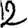
Digit: 2